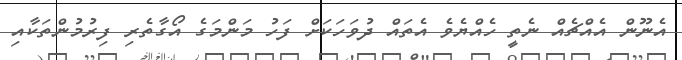
އެނޫން އެއްޗެއް ނެތީ ހެއްޔެވެ އެތައް ދުވަހަކަށް ފަހު މަންމަގެ އޯގާތެރި ފިރުމުންތަކާއި